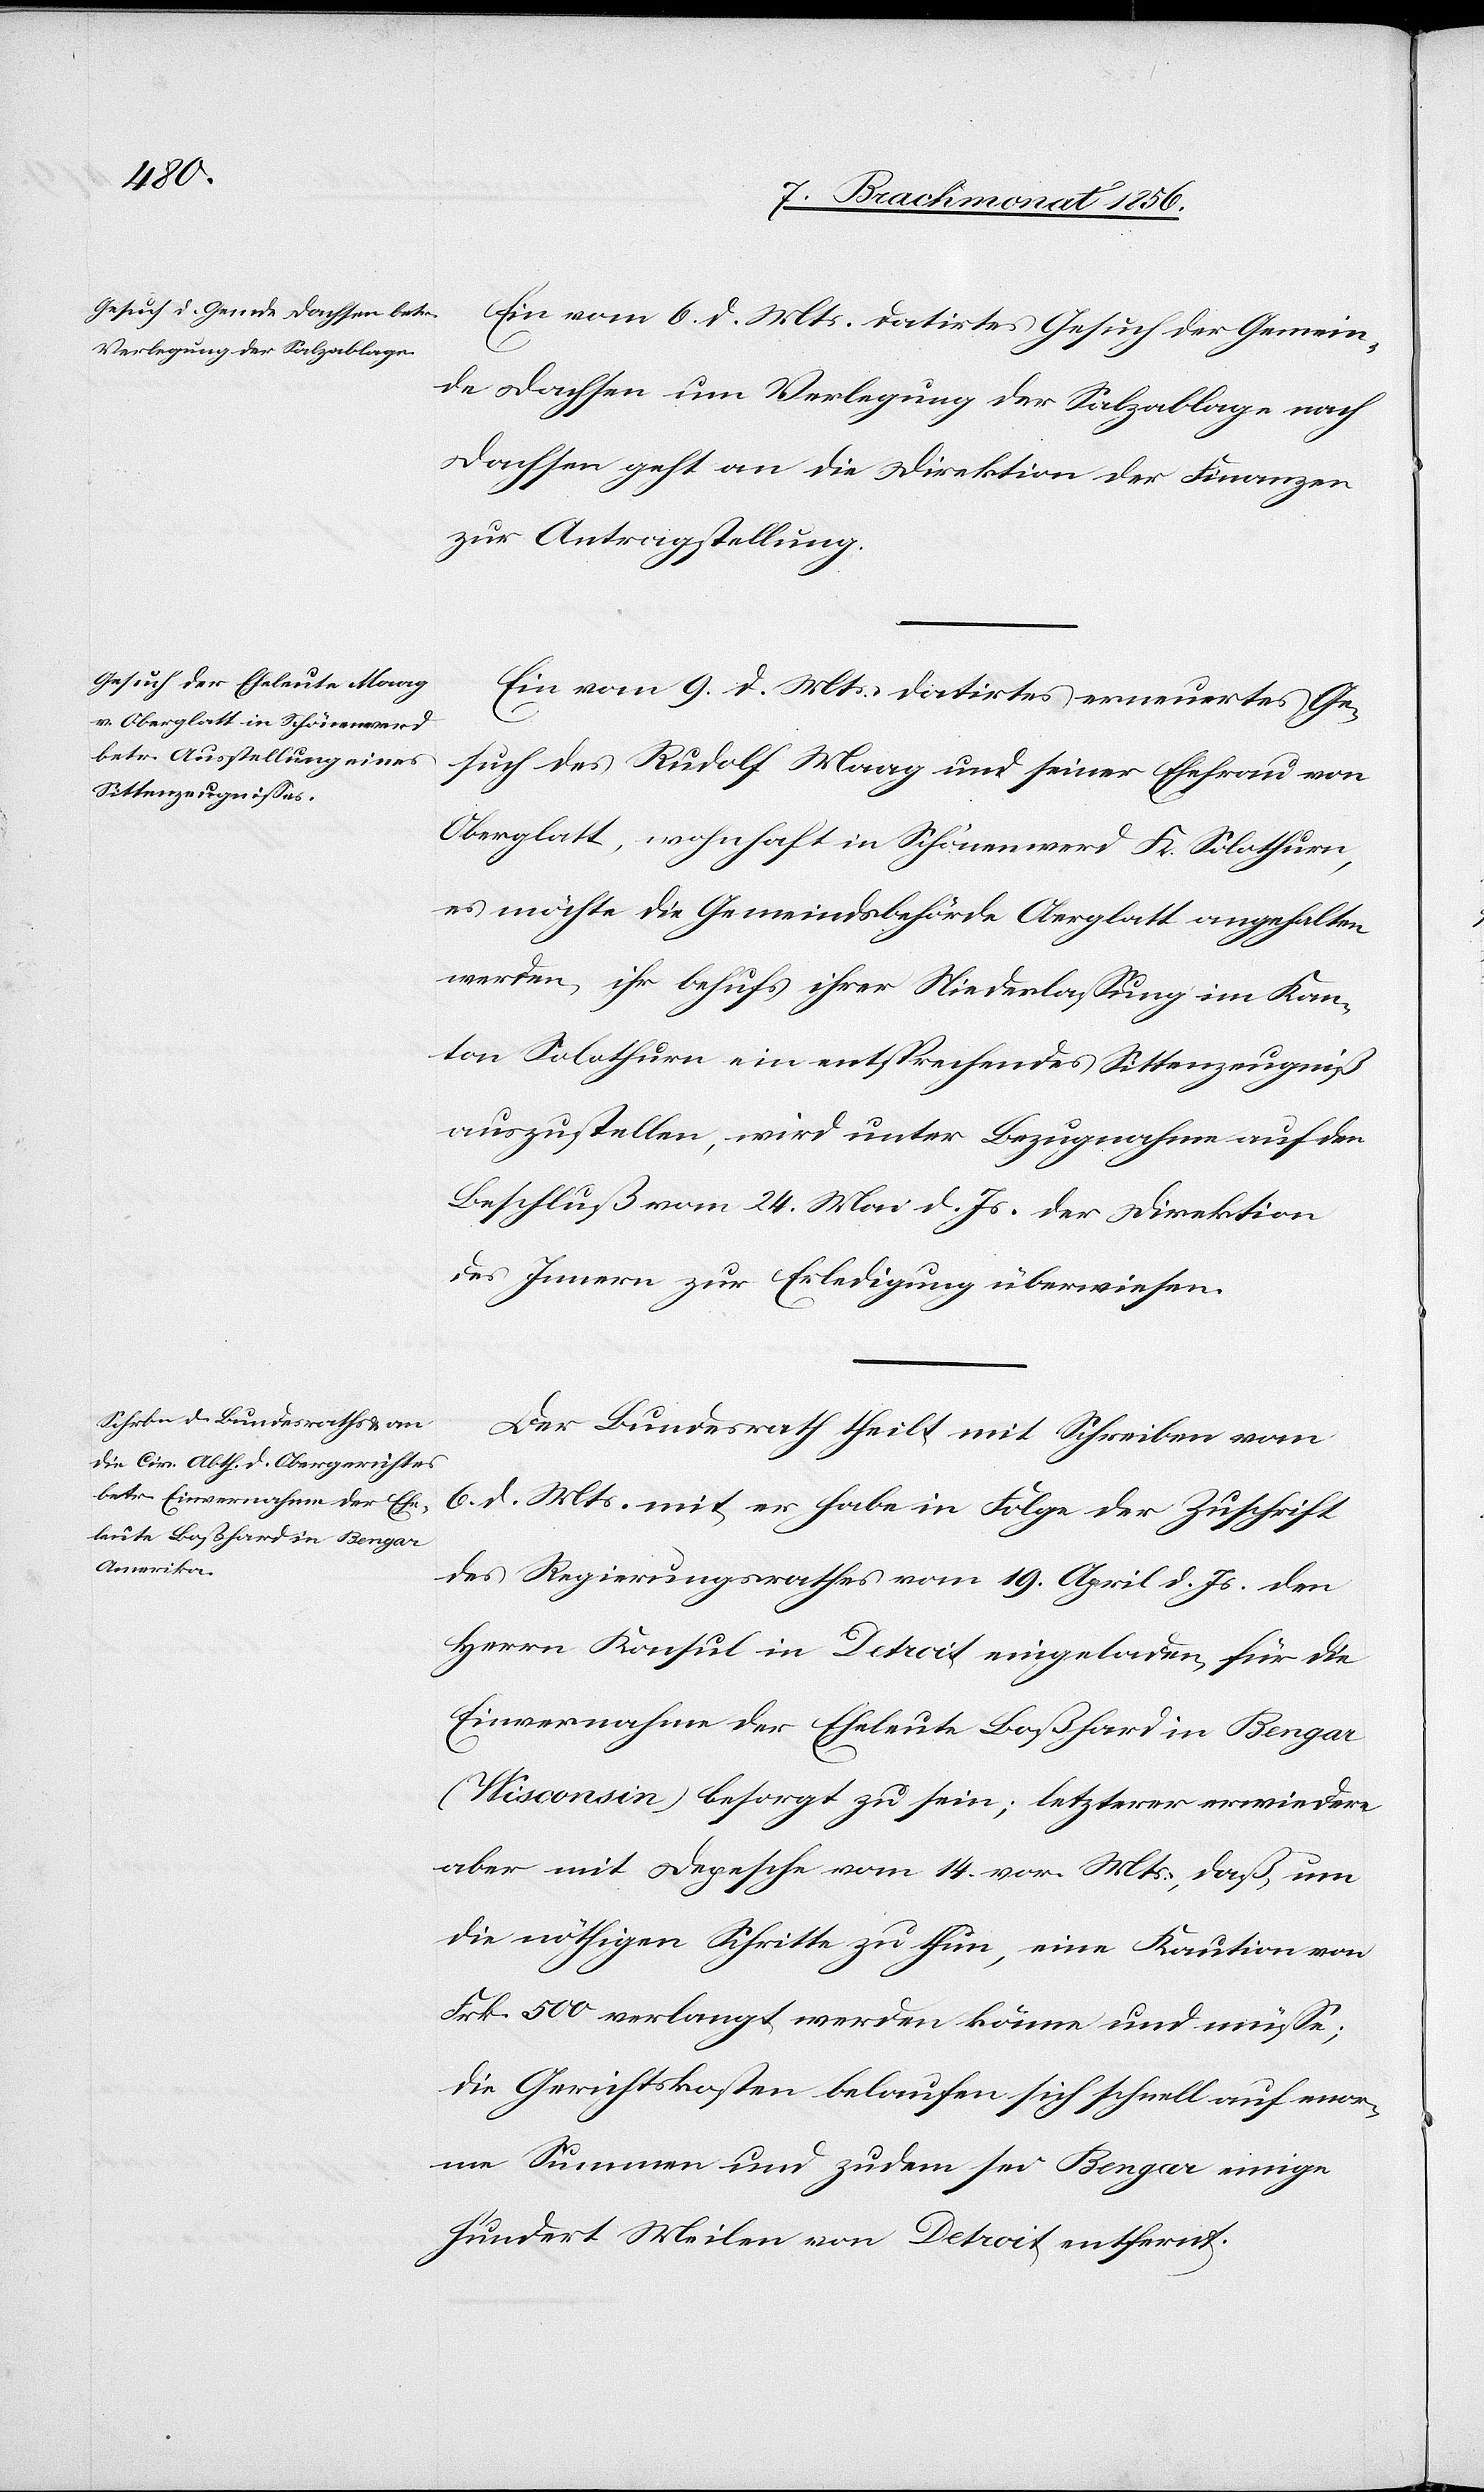
den 10.

Ein vom 6. d. Mts. datirtes Gesuch der Gemein¬
de Dachsen um Verlegung der Salzablage nach
Dachsen geht an die Direktion der Finanzen
zur Antragstellung.
Ein vom 9. d. Mts. datirtes erneuertes Ge¬
such des Rudolf Maag und seiner Ehefrau von
Oberglatt, wohnhaft in Schönenwerd K. Solothurn,
es möchte die Gemeindsbehörde Oberglatt angehalten
werden, ihr behufs ihrer Niederlassung im Kan¬
ton Solothurn ein entsprechendes Sittenzeugniß
auszustellen, wird unter Bezugnahme auf den
Beschluß vom 24. Mai d. Js. der Direktion
des Innern zur Erledigung überwiesen.
Der Bundesrath theilt mit Schreiben vom
6. d. Mts. mit, er habe in Folge der Zuschrift
des Regierungsrathes vom 19. April d. Js. den
Herrn Konsul in Detroit eingeladen, für die
Einvernahme der Eheleute Boßhard in Bengar
(Wisconsin) besorgt zu sein; letzterer erwiedere
aber mit Depesche vom 14. vor. Mts., daß, um
die nöthigen Schritte zu thun, eine Kaution von
Frk. 500 verlangt werden könne und müsse;
die Gerichtskosten belaufen sich schnell auf enor¬
me Summen und zudem sei Bengar einige
hundert Meilen von Detroit entfernt.